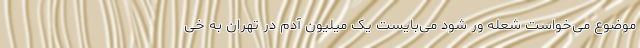
موضوع می‌خواست شعله ور شود می‌‌بایست یک میلیون آدم در تهران به خی